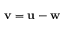
\mathbf { v } = \mathbf { u } - \mathbf { w }